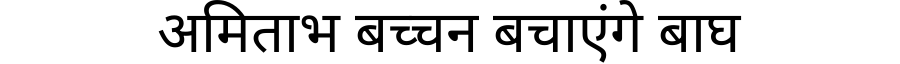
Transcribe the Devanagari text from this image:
अमिताभ बच्चन बचाएंगे बाघ